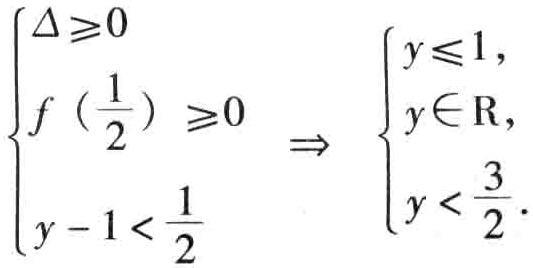
\[\begin{cases}

\Delta \geq 0 \\

f\left(\frac{1}{2}\right) \geq 0 \\

y - 1 < \frac{1}{2}

\end{cases} \Rightarrow

\begin{cases}

y \leq 1, \\

y \in \mathbb{R}, \\

y < \frac{3}{2}.

\end{cases}\]